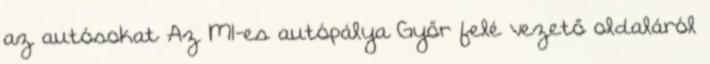
az autósokat Az M1-es autópálya Győr felé vezető oldaláról